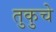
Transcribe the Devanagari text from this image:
तुकुचे